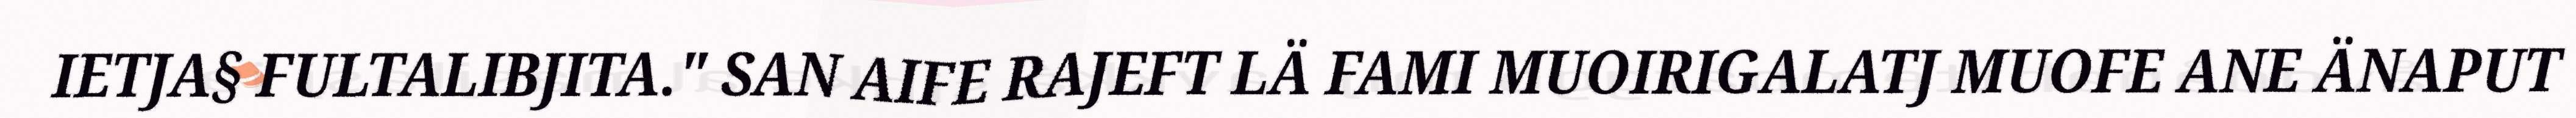
IETJA§ FULTALIBJITA." SAN AIFE RAJEFT LÄ FAMI MUOIRIGALATJ MUOFE ANE ÄNAPUT